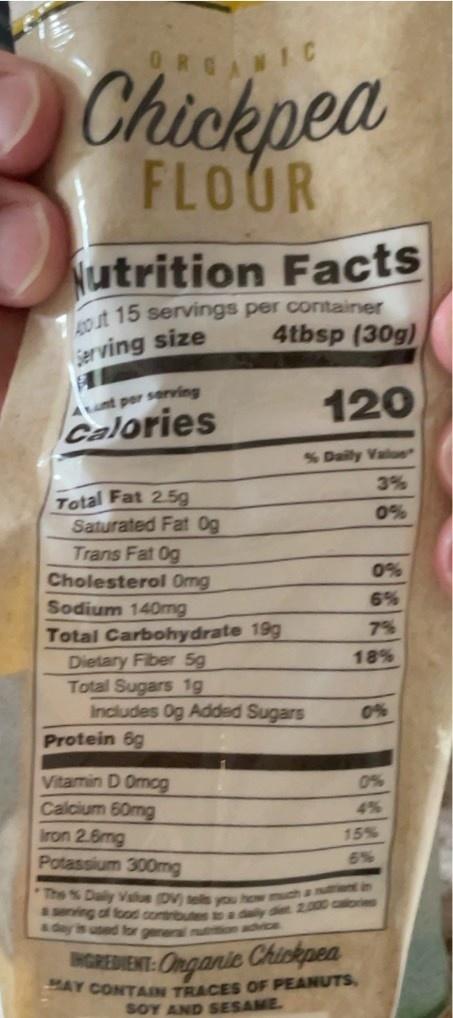
Chickpea
ORGANIC
FLOUR
Nutrition Facts
out 15 servings per container 4tbsp (30g)
jerving size
At per serving Calories
120
%Daily Value
3%
Total Fat 2.5g Saturated Fat Og
0%
Trans Fat 0g Cholesterol Omg
0%
Sodium 140mg
6%
Total Carbohydrate 19g
7%
Dietary Fiber 5g Total Sugars 1g Includes Og Added Sugars Protein 6g
18%
0%
Vitamin D Omcg Calcium 60mg Iron 2.6mg Potassium 300mg
0%
4%
15%
6%
The s Daly Value Dy s s how much a nt asenving of food contrbuten a y d 2000 coes A day is used for general nutetion advice
Onganic Chiskpea AY CONTAN TRACES OF PEANUTS
NGREDIENT:
SOY AND SESAME